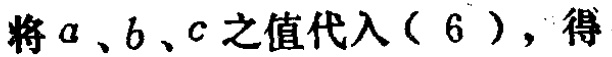
将\(a\)、\(b\)、\(c\)之值代入\((6)\)，得